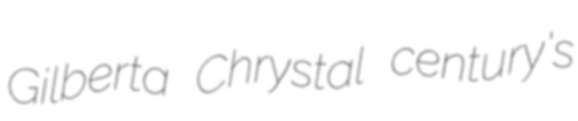
Gilberta Chrystal century's